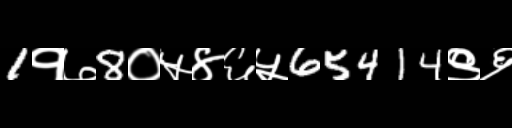
Text: 1१७8०५४६५65414९६